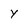
Character: Y